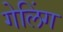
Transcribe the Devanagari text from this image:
गेलिंग